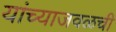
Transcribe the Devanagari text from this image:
यांच्याजवळची